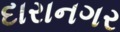
દારાનગર